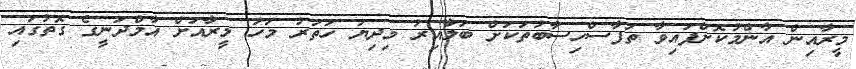
މީރާއިން އާންމުކޮށްފައިވާ ތަފާސްހިސާބުތަކަށް ބަލާއިރު މިދިޔަ ހަތަރު މަހު މީރާއަށް އާމްދަނީގެ ގޮތުގައި